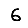
Digit: 6